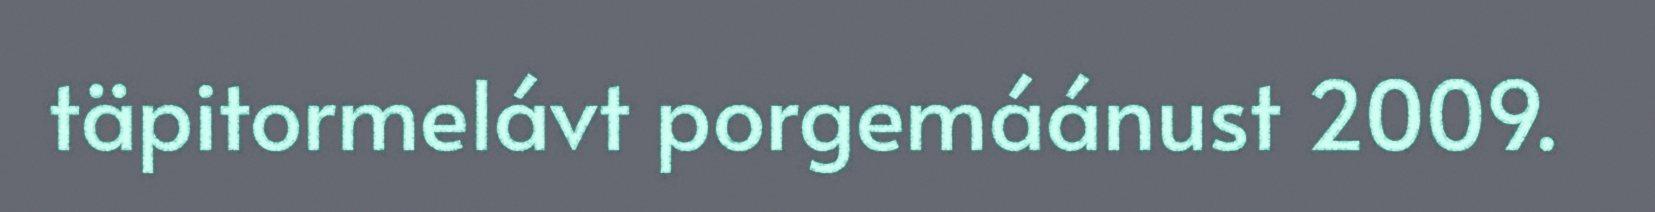
täpitormelávt porgemáánust 2009.